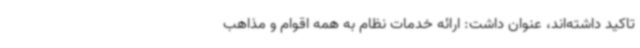
تاکید داشته‌اند، عنوان داشت: ارائه خدمات نظام به همه اقوام و مذاهب